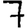
Digit: 7